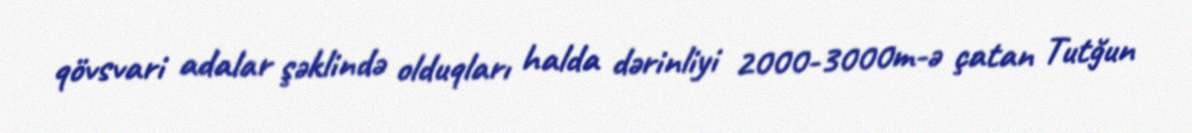
qövsvari adalar şəklində olduqları halda dərinliyi 2000-3000m-ə çatan Tutğun